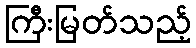
ကြီးမြတ်သည့်